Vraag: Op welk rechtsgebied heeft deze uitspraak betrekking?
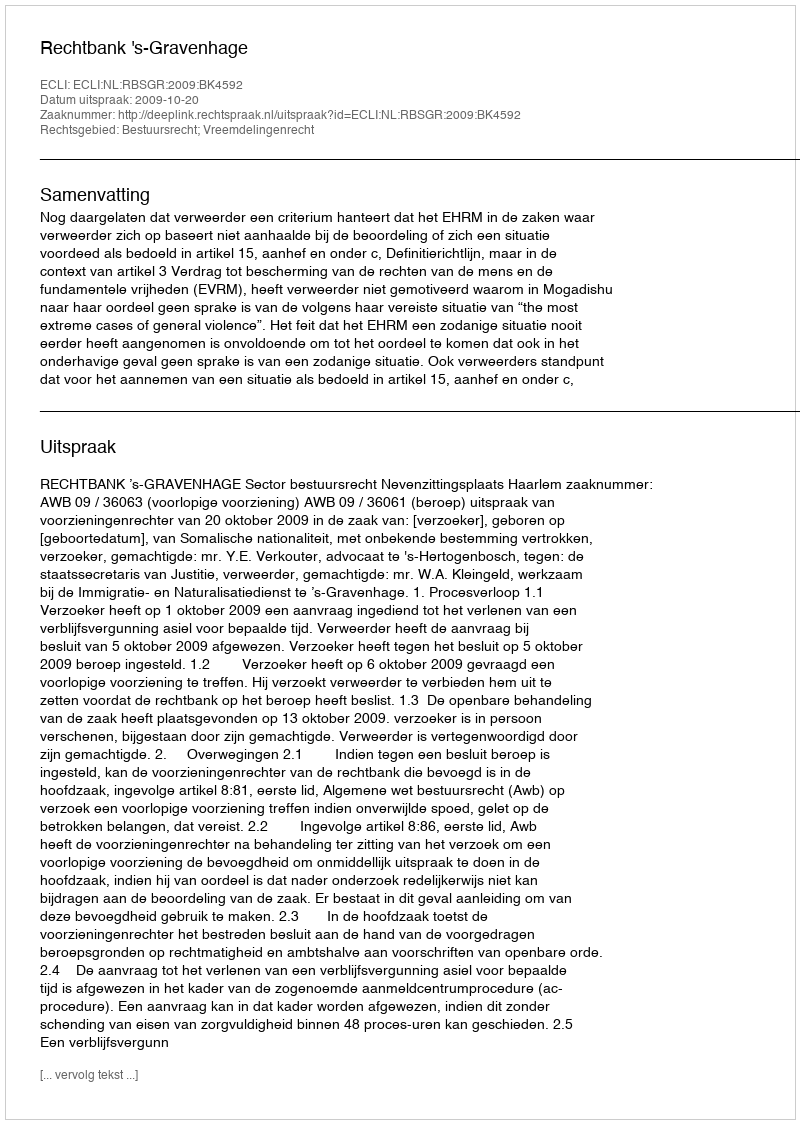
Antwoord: Bestuursrecht; Vreemdelingenrecht